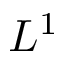
L ^ { 1 }